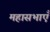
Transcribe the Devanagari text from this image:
महासभाएँ